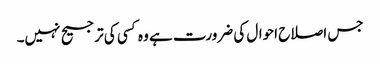
جس اصلاح احوال کی ضرورت ہے وہ کسی کی ترجیح نہیں۔